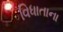
વિધાતાના